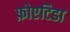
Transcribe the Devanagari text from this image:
फ़ोएटिडा